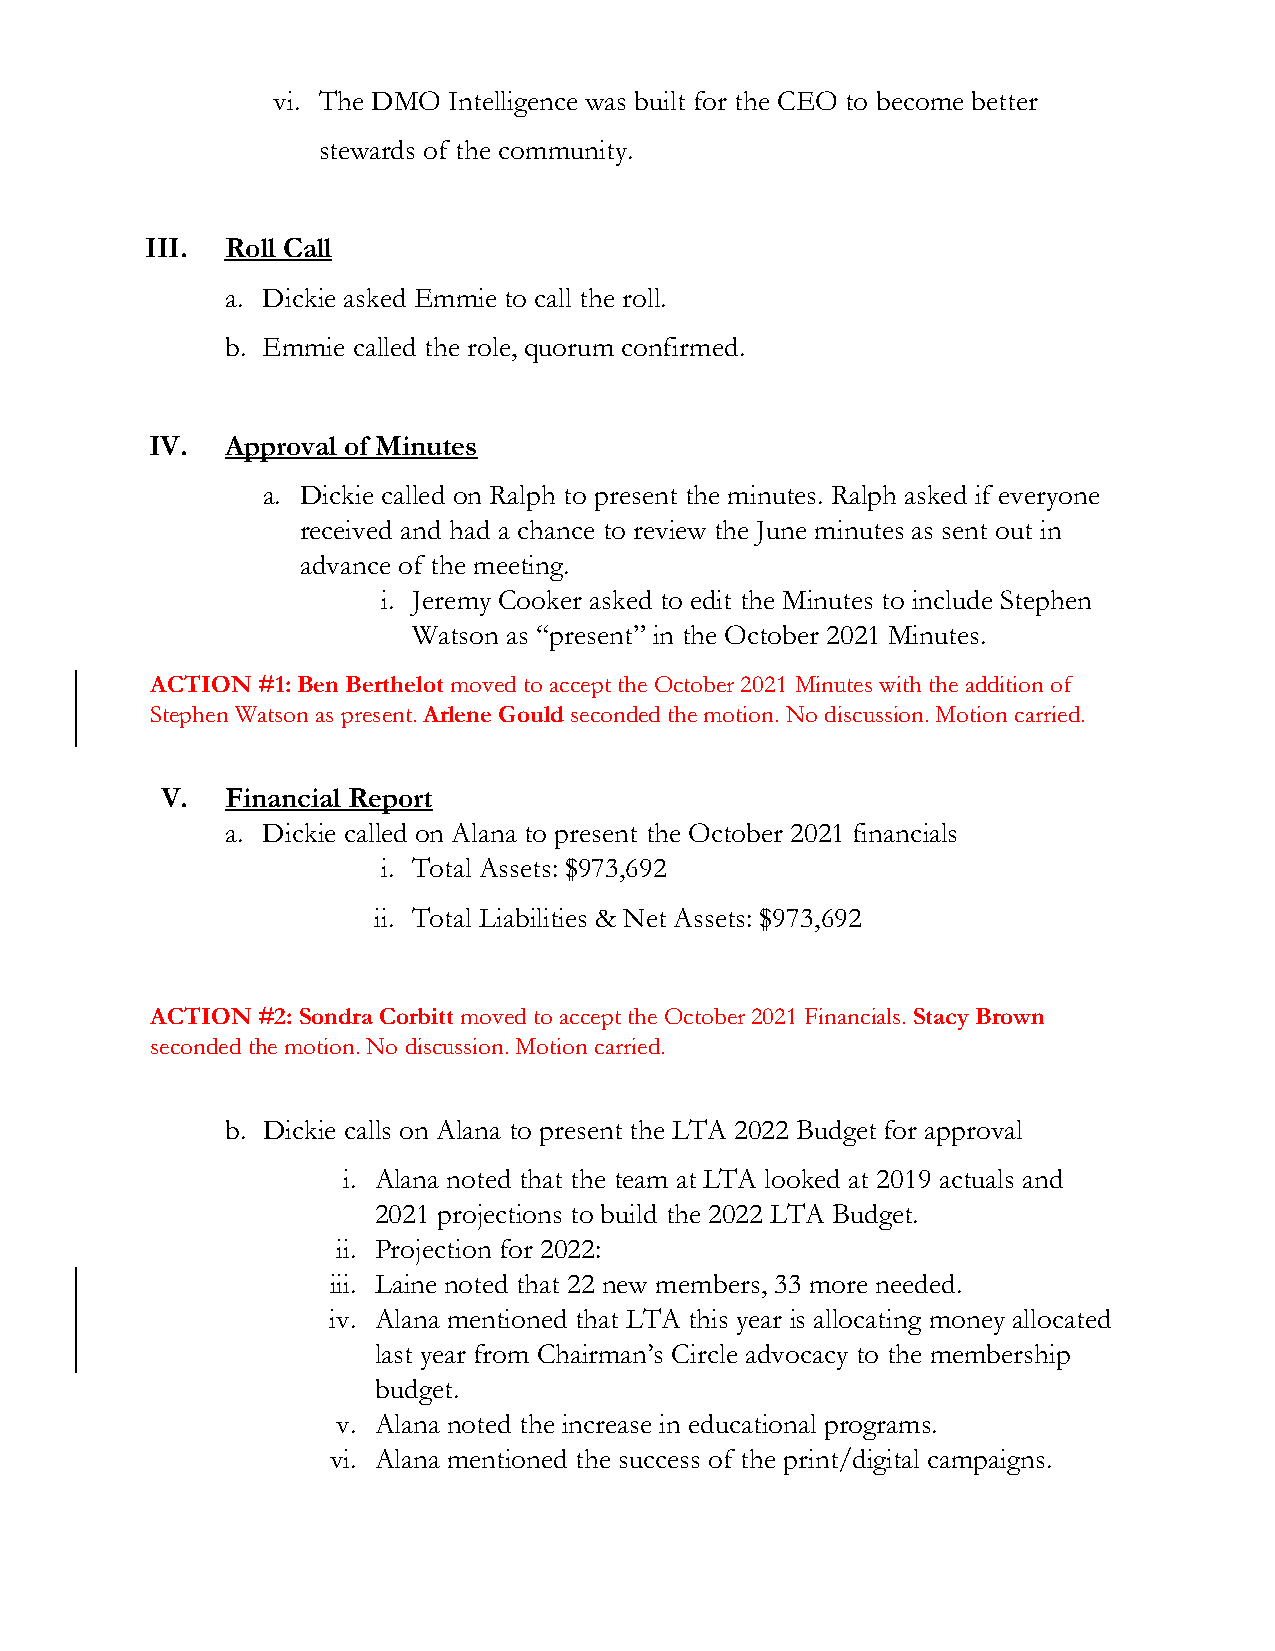
vi. The DMO Intelligence was built for the CEO to become better
 stewards of the community.
 III. Roll Call
 a. Dickie asked Emmie to call the roll.
 b. Emmie called the role, quorum confirmed.
 IV.  Approval of Minutes
 a. Dickie called on Ralph to present the minutes. Ralph asked if everyone
 received and had a chance to review the June minutes as sent out in
 advance of the meeting.
 i. Jeremy Cooker asked to edit the Minutes to include Stephen
 Watson as “present” in the October 2021 Minutes.
 ACTION #1: Ben Berthelot moved to accept the October 2021 Minutes with the addition of
 Stephen Watson as present. Arlene Gould seconded the motion. No discussion. Motion carried.
 V.  Financial Report
 a. Dickie called on Alana to present the October 2021 financials
 i. Total Assets: $973,692
 ii. Total Liabilities & Net Assets: $973,692
 ACTION #2: Sondra Corbitt moved to accept the October 2021 Financials. Stacy Brown
 seconded the motion. No discussion. Motion carried.
 b. Dickie calls on Alana to present the LTA 2022 Budget for approval
 i. Alana noted that the team at LTA looked at 2019 actuals and
 2021 projections to build the 2022 LTA Budget.
 ii. Projection for 2022:
 iii. Laine noted that 22 new members, 33 more needed.
 iv. Alana mentioned that LTA this year is allocating money allocated
 last year from Chairman’s Circle advocacy to the membership
 budget.
 v. Alana noted the increase in educational programs.
 vi. Alana mentioned the success of the print/digital campaigns.